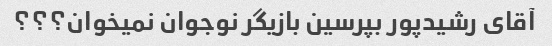
آقای رشیدپور بپرسین بازیگر نوجوان نمیخوان؟؟؟